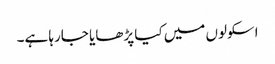
اسکولوں میں کیا پڑھایا جارہا ہے۔